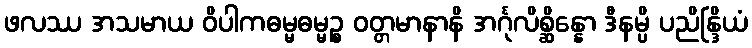
ဖလဿ အသမာယ ဝိပါကဓမ္မဓမ္မဉ္စ ဝတ္တမာနာနိ အင်္ဂုလိစ္ဆိန္နော ဒီနမ္ပိ ပညိန္ဒြိယံ